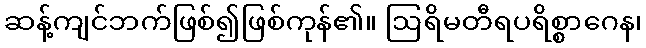
ဆန့်ကျင်ဘက်ဖြစ်၍ဖြစ်ကုန်၏။ ဩရိမတီရပရိစ္စာဂေန၊